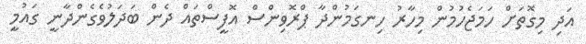
އަދި މިގޮތަށް ހަމަޖެހުމުން މިހާރު ހިނގަމުންދާ ޕްރޮވިންސް އޮފީސްތައް ދެން ބަދަލުވެގެންދާނީ ގައުމީ